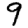
Digit: 9